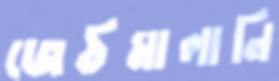
জেঠমালানি